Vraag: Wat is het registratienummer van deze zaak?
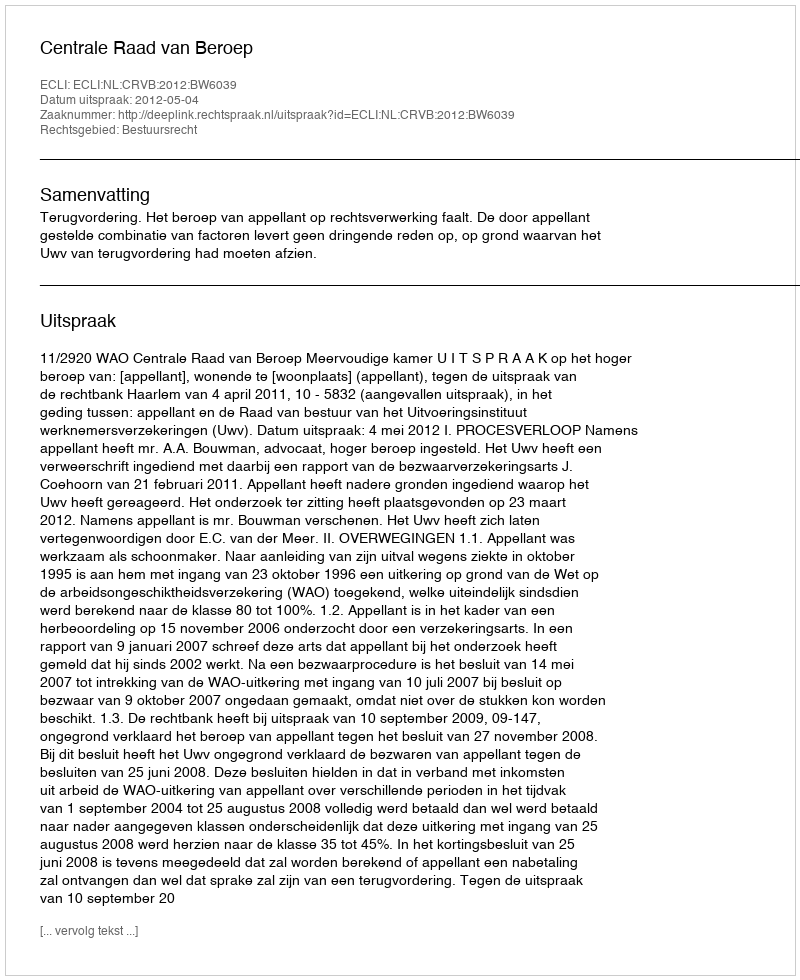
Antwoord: http://deeplink.rechtspraak.nl/uitspraak?id=ECLI:NL:CRVB:2012:BW6039